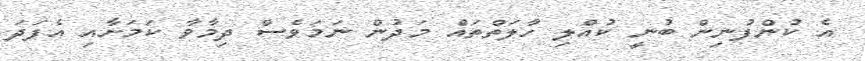
އެ ކުންފުނިން ބުނީ ކުއްލި ހާލަތްތައް މަދުން ނަމަވެސް ދިމާވާ ކަމަށާއި އެފަދަ